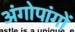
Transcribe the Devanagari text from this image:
अंगोपांगों